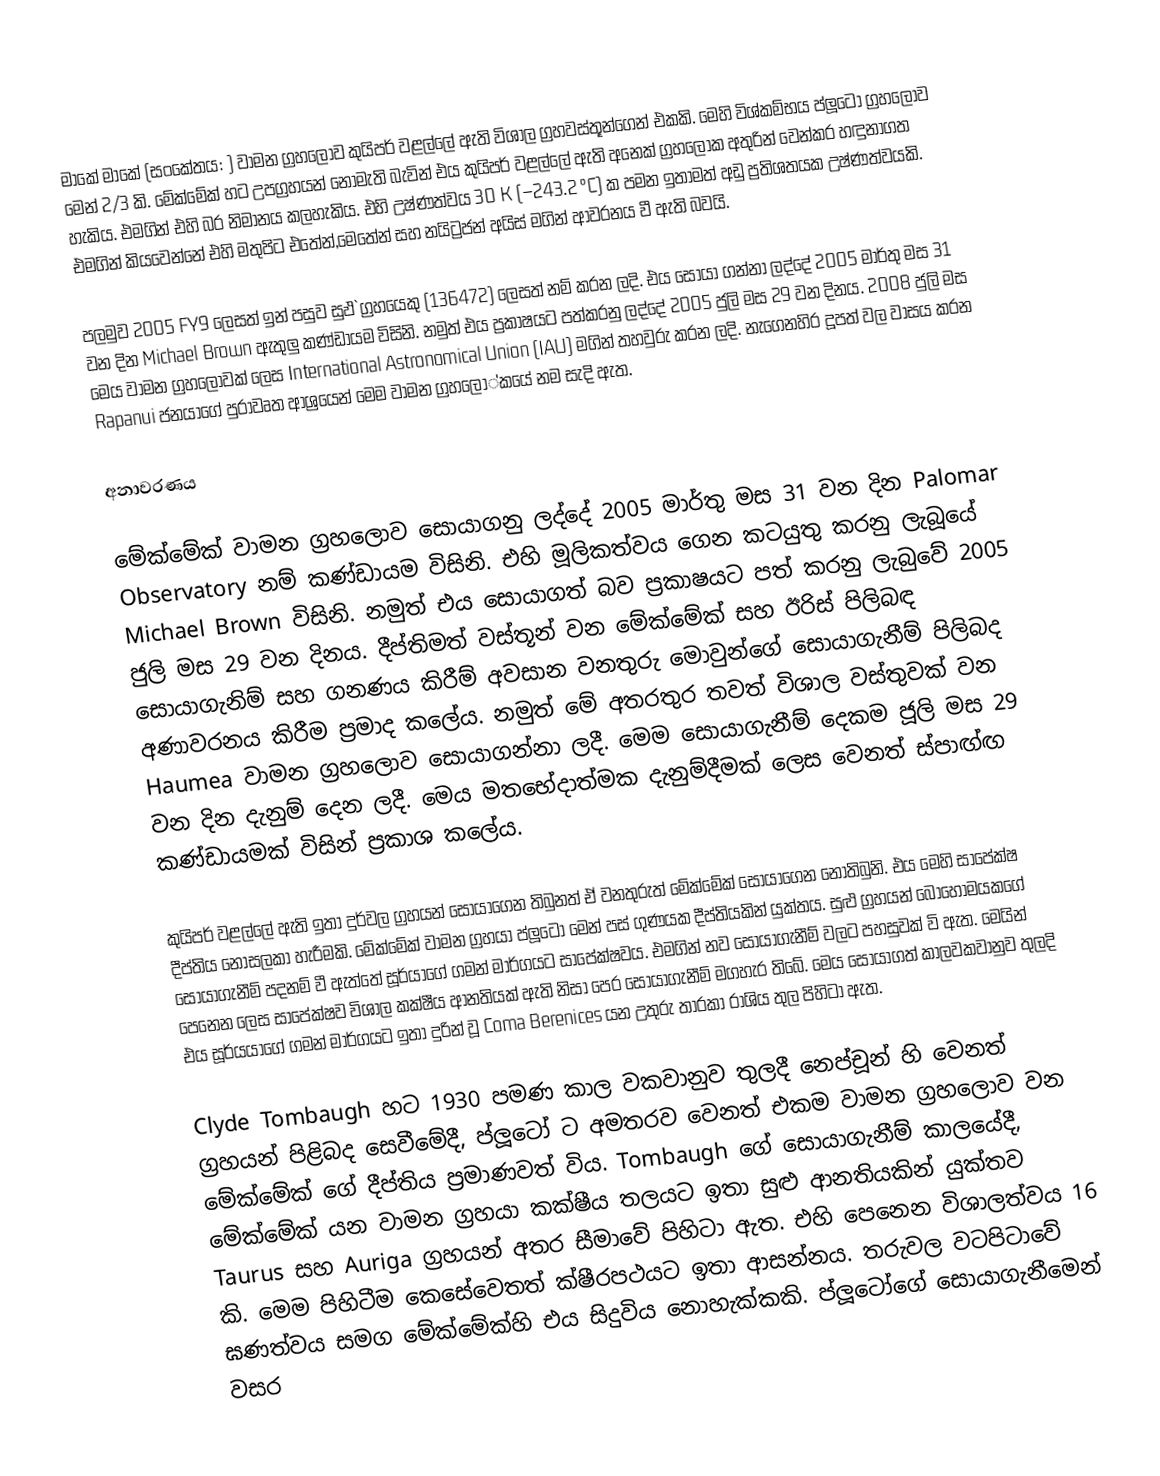
මාකේ මාකේ (සංකේතය: ) වාමන ග්‍රහලොව කුයිපර් වළල්ලේ ඇති විශාල ග්‍රහවස්තූන්ගෙන් එකකි. මෙහි විශ්කම්භය ප්ලූටෝ ග්‍රහලොව මෙන් 2/3 කි. මේක්මේක් හට උපග්‍රහයන් නොමැති බැවින් එය කුයිපර් වළල්ලේ ඇති අනෙක් ග්‍රහලෝක අතුරින් වෙන්කර හඳුනාගත හැකිය. එමගින් එහි බර නිමානය කලහැකිය. එහි උෂ්ණත්වය 30 K (−243.2 °C) ක පමන ඉතාමත් අඩු ප්‍රතිශතයක උෂ්ණත්වයකි. එමගින් කියවෙන්නේ එහි මතුපිට එතේන්,මෙතේන් සහ නයිට්‍රජන් අයිස් මගින් ආවරනය වී ඇති බවයි.

පලමුව 2005 FY9 ලෙසත් ඉන් පසුව සුඵ`ග්‍රහයෙකු (136472) ලෙසත් නම් කරන ලදි. එය සොයා ගන්නා ලද්දේ 2005 මාර්තු මස 31 වන දින  Michael Brown ඇතුලු කණ්ඩායම විසිනි. නමුත් එය ප්‍රකාෂයට පත්කරනු ලද්දේ 2005 ජුලි මස 29 වන දිනය. 2008 ජුලි මස මෙය වාමන ග්‍රහලොවක් ලෙස International Astronomical Union (IAU) මගින් තහවුරු කරන ලදි. නැගෙනහිර දූපත් වල වාසය කරන Rapanui ජනයාගේ පුරාවෘත ආශ්‍රයෙන් මෙම වාමන ග්‍රහලෝ්කයේ නම සැදි ඇත.

අනාවරණය

මේක්මේක් වාමන ග්‍රහලොව සොයාගනු ලද්දේ 2005 මාර්තු මස 31 වන දින Palomar Observatory නම් කණ්ඩායම විසිනි. එහි මූලිකත්වය ගෙන කටයුතු කරනු ලැබූයේ Michael Brown විසිනි. නමුත් එය සොයාගත් බව ප්‍රකාෂයට පත් කරනු ලැබුවේ 2005 ජුලි මස 29 වන දිනය. දීප්තිමත් වස්තූන් වන මේක්මේක් සහ ඊරිස් පිලිබඳ සොයාගැනිම් සහ ගනණය කිරීම් අවසාන වනතුරු මොවුන්ගේ සොයාගැනීම් පිලිබද අණාවරනය කිරීම ප්‍රමාද කලේය. නමුත් මේ අතරතුර තවත් විශාල වස්තුවක් වන Haumea වාමන ග්‍රහලොව සොයාගන්නා ලදී. මෙම සොයාගැනීම් දෙකම ජූලි මස 29 වන දින දැනුම් දෙන ලදී. මෙය මතභේදාත්මක දැනුම්දීමක් ලෙස වෙනත් ස්පාඟ්ඟ කණ්ඩායමක් විසින් ප්‍රකාශ කලේය.

කුයිපර් වළල්ලේ ඇති ඉතා දුර්වල ග්‍රහයන් සොයාගෙන තිබුනත් ඒ වනතුරුත් මේක්මේක් සොයාගෙන නොතිබුනි. එය මෙහි සාපේක්ෂ දීප්තිය නොසලකා හැරීමකි. මේක්මේක් වාමන ග්‍රහයා ප්ලූටෝ මෙන් පස් ගුණයක දීප්තියකින් යුක්තය. සුළු ග්‍රහයන් බොහොමයකගේ සොයාගැනීම් පදනම් වී ඇත්තේ සූර්යාගේ ගමන් මාර්ගයට සාපේක්ෂවය. එමගින් නව සොයාගැනීම් වලට පහසුවක් වි ඇත. මෙයින් පෙනෙන ලෙස සාපේක්ෂව විශාල කක්ෂීය ආනතියක් ඇති නිසා පෙර සොයාගැනීම් මගහැර තිබේ. මෙය සොයාගත් කාලවකවානුව තුලදි එය සූර්යයාගේ ගමන් මාර්ගයට ඉතා දුරින් වූ Coma Berenices යන උතුරු තාරකා රාශිය තුල පිහිටා ඇත.

Clyde Tombaugh හට 1930 පමණ කාල වකවානුව තුලදී නෙප්චූන් හි වෙනත් ග්‍රහයන් පිළිබද සෙවීමේදී, ප්ලූටෝ ට අමතරව වෙනත් එකම වාමන ග්‍රහලොව වන මේක්මේක් ගේ දීප්තිය ප්‍රමාණවත් විය. Tombaugh ගේ සොයාගැනීම් කාලයේදී, මේක්මේක් යන වාමන ග්‍රහයා කක්ෂීය තලයට ඉතා සුළු ආනතියකින් යුක්තව Taurus සහ Auriga ග්‍රහයන් අතර සීමාවේ පිහිටා ඇත. එහි පෙනෙන විශාලත්වය 16 කි. මෙම පිහිටීම කෙසේවෙතත් ක්ෂීරපථයට ඉතා ආසන්නය. තරුවල වටපිටාවේ ඝණත්වය සමග මේක්මේක්හි එය සිදුවිය නොහැක්කකි. ප්ලූටෝගේ සොයාගැනීමෙන් වසර